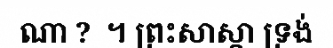
ណា ?  ។ ព្រះសាស្តា ទ្រង់